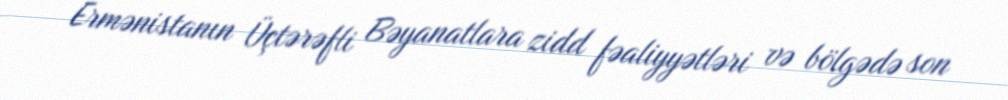
Ermənistanın Üçtərəfli Bəyanatlara zidd fəaliyyətləri və bölgədə son